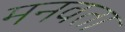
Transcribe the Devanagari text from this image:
मनवता